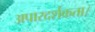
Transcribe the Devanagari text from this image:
अपारदर्शकता।